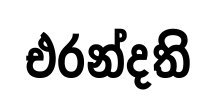
එරන්දති